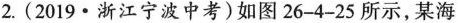
2.(2019·浙江宁波中考)如图26-4-25所示，某海